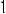
1